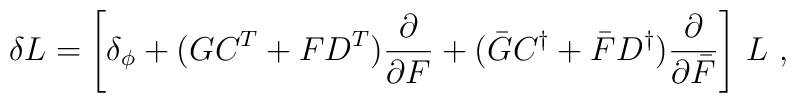
\delta L=\left[\delta_{\phi} +(G C^T +F D^T)\frac{\partial}{\partial F} +(\bar{G} C^{\dagger}+\bar{F}D^{\dagger})\frac{\partial}{\partial \bar{F}}\right] \,L~,